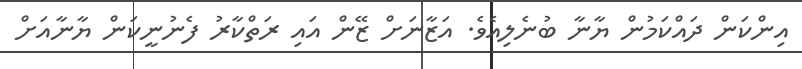
އިންކަން ދައްކަމުން ޔާނާ ބުނެލިއެވެ. އަޒާނަށް ޒޭން އައި ރަތްކާރު ފެނުނީކަން ޔާނާއަށް